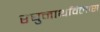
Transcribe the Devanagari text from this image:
रघुनाथविलास